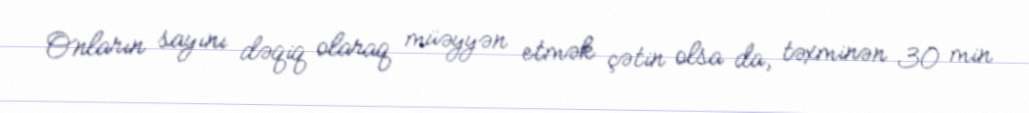
Onların sayını dəqiq olaraq müəyyən etmək çətin olsa da, təxminən 30 min